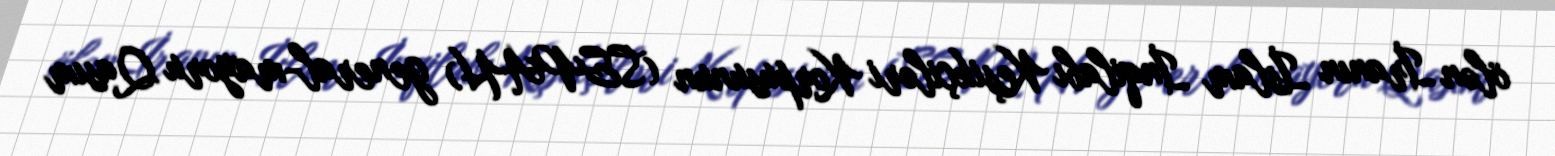
ölən İranın İslam İnqilabı Keşikçiləri Korpusunun (SEPAH) general-mayoru Qasım